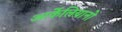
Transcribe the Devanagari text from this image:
आर्केलियानो